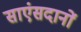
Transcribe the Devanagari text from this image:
साएंसदानों